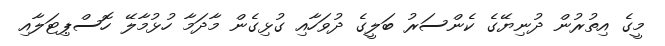
މީގެ އިތުރުން ދުނިޔޭގެ ކެންސަރު ބަލީގެ ދުވަހާއި ގުޅިގެން މާދަމާ ހުޅުމާލޭ ހޮސްޕިޓަލާއި